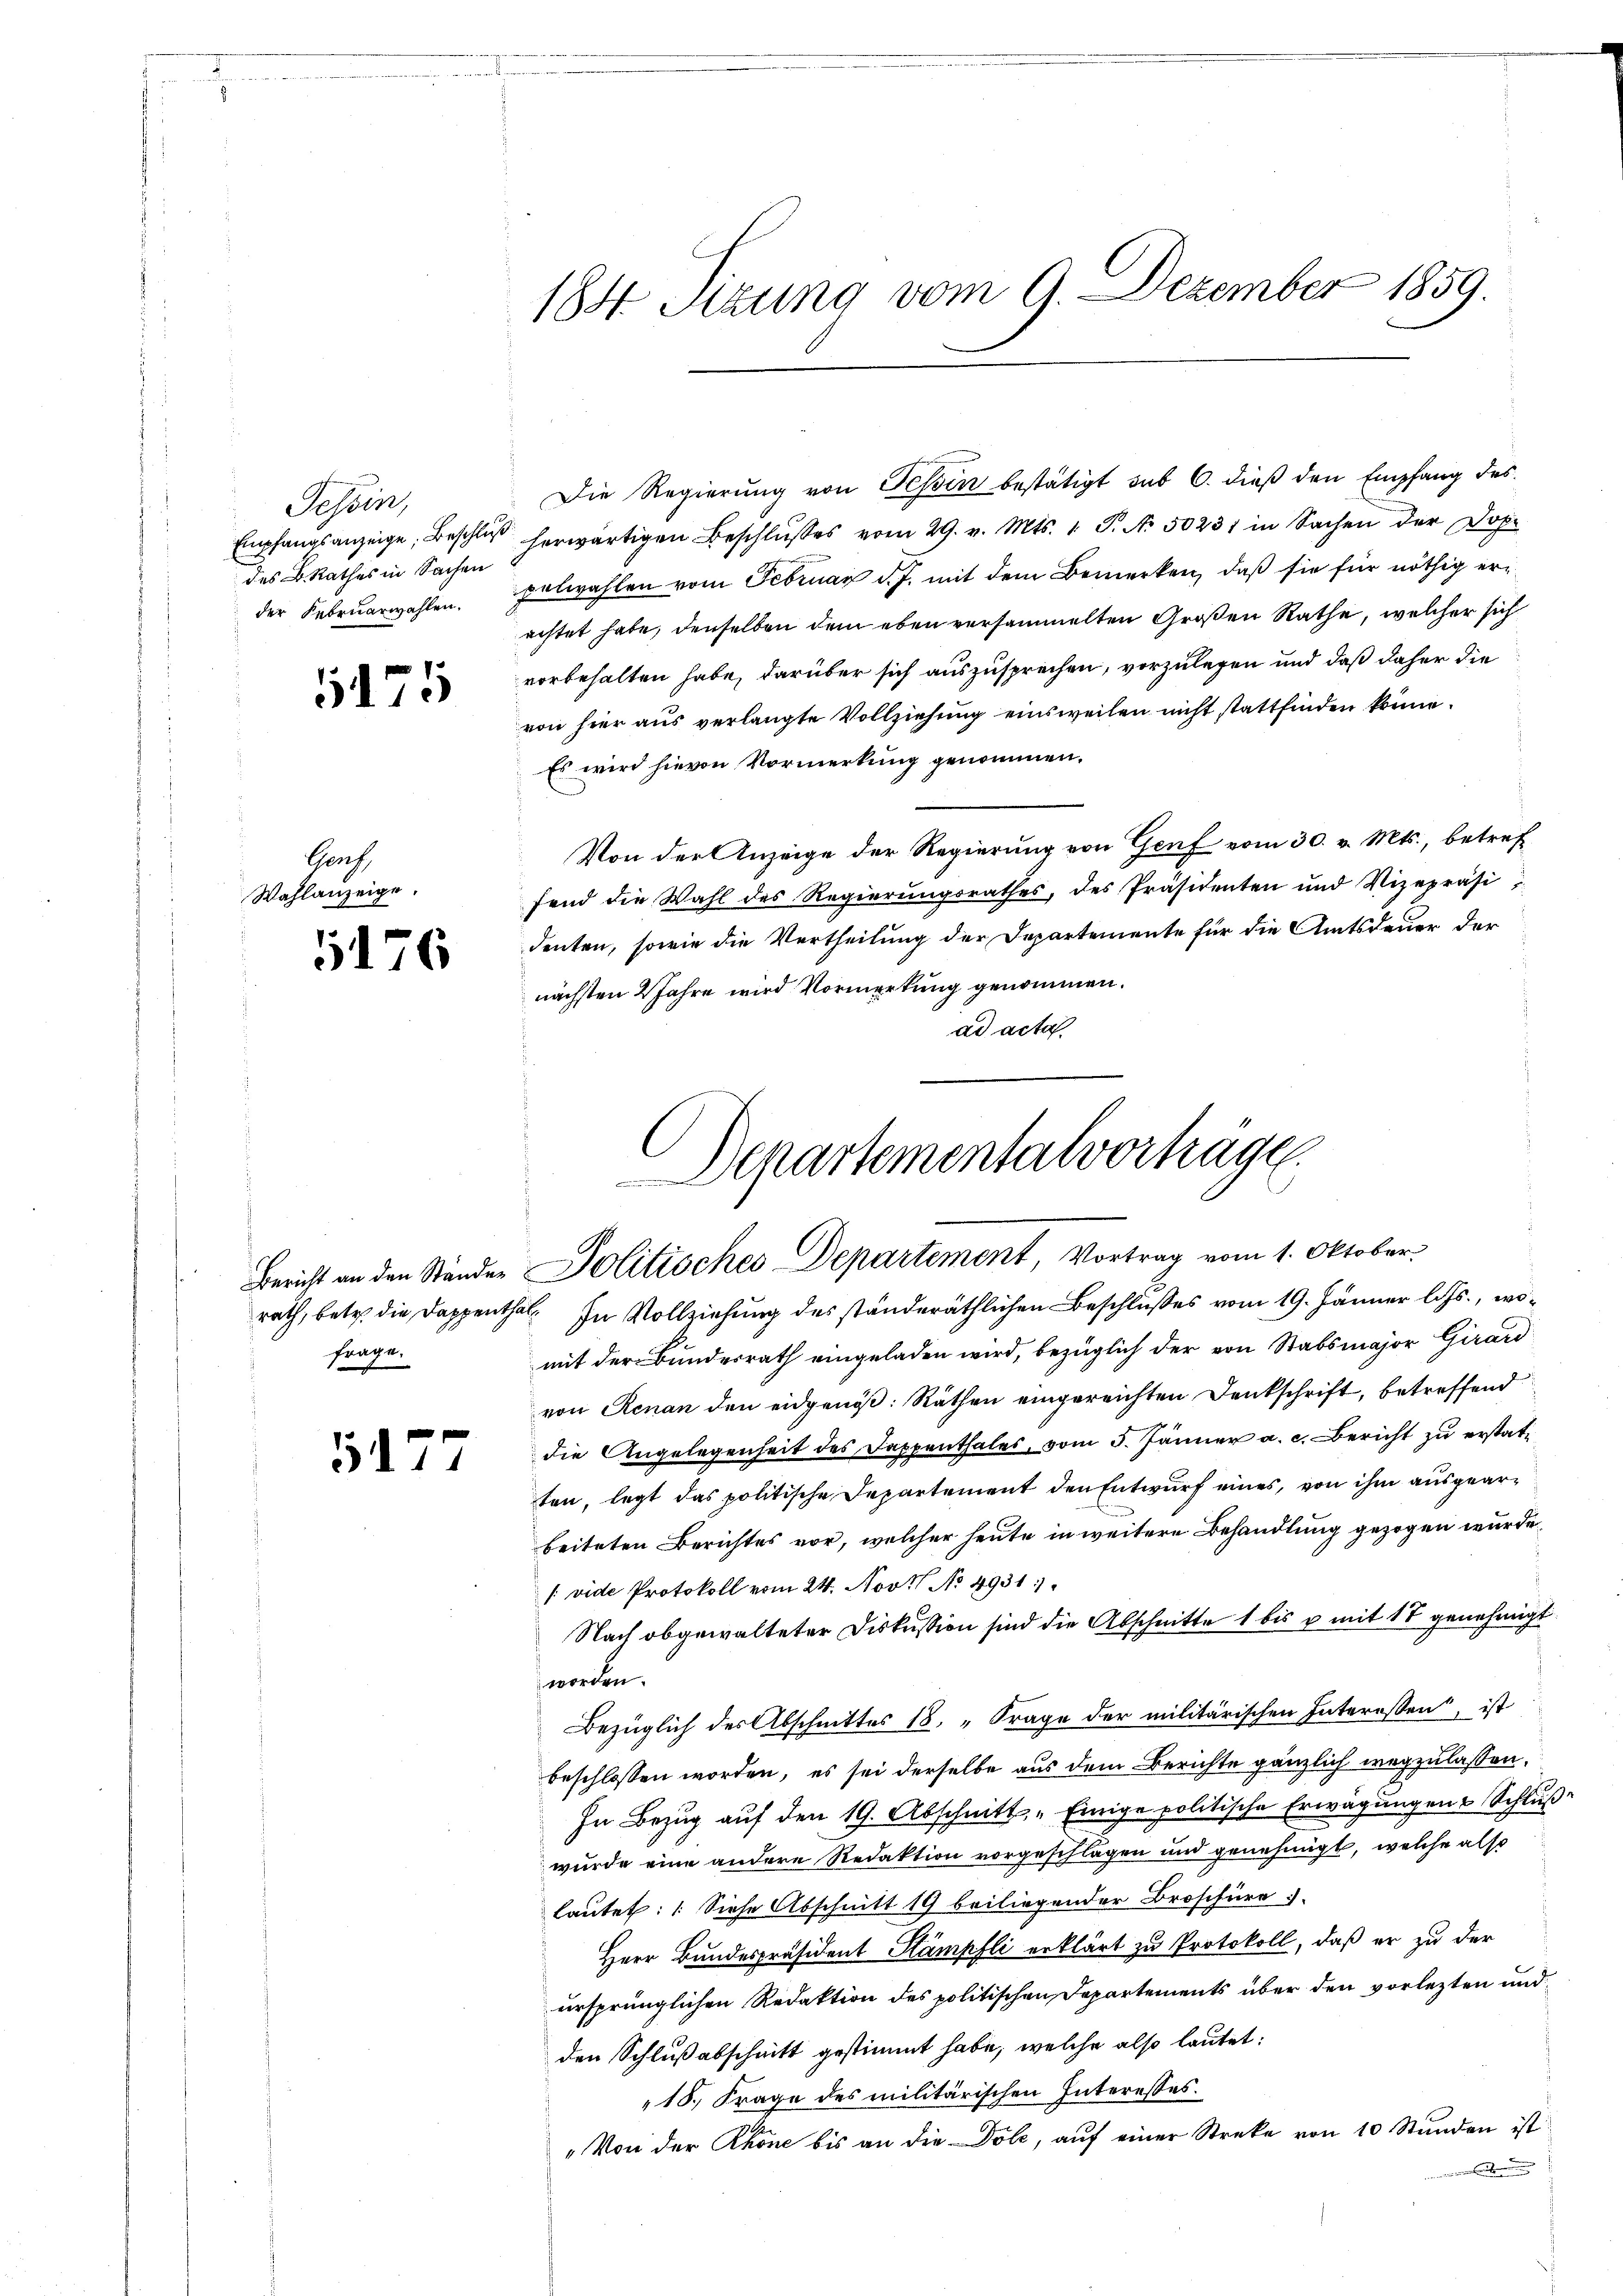
Tessin,
des B. Rathes in Sachen
der Februarwahlen.

5175

Genf,
Wahlanzeige.

176

frage.

5111

184. Sitzung vom 9. Dezember 1859.

Die Regierŭng von Tessin bestätigt sub 6. dieβ den Empfang des
Empfangsanzeige, Beschluß herwärtigen Beschlŭsses vom 29. v. Mts. 1. P. N. 50231 in Sachen der Doppelwahlen vom Februar d. J. mit dem Bemerken, daß sie für nöthig erachtet habe, denselben dem eben versammelten Großen Rathe, welcher sich
vorbehalten habe, darüber sich auszusprechen, vorzulegen und daß daher die
von hier aus verlangte Vollziehŭng einsweilen nicht stattfinden könne.
Es wird hievon Vormerkung genommen.
Von der Anzeige der Regierung von Genf vom 30. v. Mts., betreffend die Wahl des Regierungsrathes, des Präsidenten und Vizepräsi
denten, sowie die Vertheilung der Departemente für die Amtsdauer der
nächsten 2 Jahre wird Vormerkung genommen.
ad acta.

mit der Bundesrath eingeladen wird, bezüglich der von Stabsmajor Girard
von Renan den eidgenöß: Räthen eingereichten Denkschrift, betreffend
die Angelegenheit des Dappenthales, vom 5. Jänner a. c. Bericht zu erstatten, legt das politische Departement den Entwurf eines, von ihm ausgearbeiteten Berichtes vor, welcher heute in weitere Behandlung gezogen wurde.
(vide Protokoll vom 24. Novtt No 4931
Nach obgewalteter Diskussion sind die Abschnitte 1 bis u mit 17 genehmigt.
worden.
Bezüglich des Abschnittes 18. „Frage der militärischen Interessen, ist
beschlossen worden, es sei derselbe aus dem Berichte gänzlich wegzulassen.
In Bezug auf den 19. Abschnitt "Einige politische Erwägungen Schlußwurde eine andere Redaktion vorgeschlagen und genehmigt, welche also
lautet: (Siehe Abschnitt 19 beiliegender Broschüre
Herr Bundespräsident Stämpfli erklärt zu Protokoll, daß er zu der
ursprünglichen Redaktion des politischen Departements über den vorlezten und
den Schlußabschnitt gestimmt habe, welche also lautet:
18. Frage des militärischen Interesses.
„Von der Rhone bis an die Dole, auf einer Streke von 10 Stunden ist

Departementalvorträge
Bericht an den Ständen Politisches Departement, Vortrag vom 1. Oktober
rath, betr. die Dappenthal. In Vollziehung des ständeräthlichen Beschlußes vom 19. Jänner l. Js., wo¬